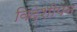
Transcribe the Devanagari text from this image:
विदेशीपन